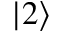
| 2 \rangle